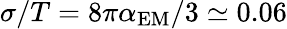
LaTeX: \sigma/T=8\pi\alpha_{\mathrm{EM}}/3\simeq 0.06